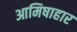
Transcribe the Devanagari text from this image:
आमिषाहार